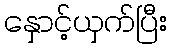
နှောင့်ယှက်ပြီး